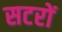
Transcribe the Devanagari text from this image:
सटरों